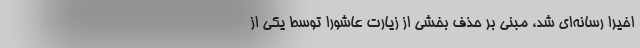
اخیراً رسانه‌ای شد، مبنی بر حذف بخشی از زیارت عاشورا توسط یکی از